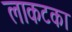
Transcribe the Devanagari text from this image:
लाकटका